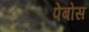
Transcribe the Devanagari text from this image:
पेबोस